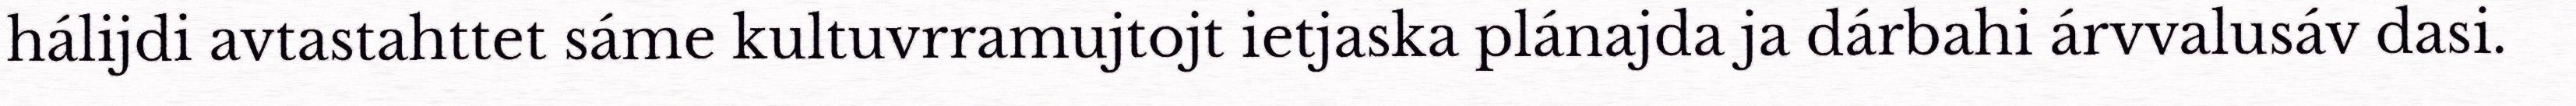
hálijdi avtastahttet sáme kultuvrramujtojt ietjaska plánajda ja dárbahi árvvalusáv dasi.